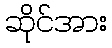
ဆိုင်အား